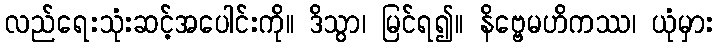
လည်ရေးသုံးဆင့်အပေါင်းကို။ ဒိသွာ၊ မြင်ရ၍။ နိဗ္ဗေမဟိကဿ၊ ယုံမှား